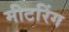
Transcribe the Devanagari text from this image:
मीटरिंग